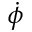
\dot { \phi }